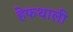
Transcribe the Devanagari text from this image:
हेफथाली